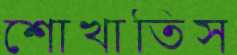
শোখাতিস